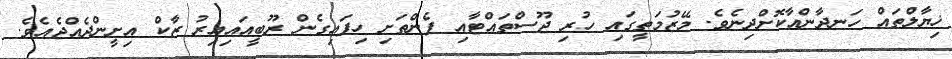
ޚިޔާލްތައް ހަނދާންއާކޮށްދިނެވެ. މޭޒުމަތީގައި ހުރި ޖޫސްތައްޓާއި ފެންތަށި ހިފައިގެން ރޫބީއައިއިރު ޒާކް އިށީންދެއްޖެއެވެ.